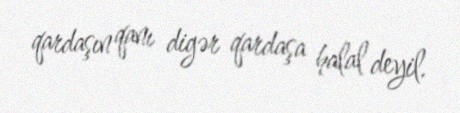
qardaşın qanı digər qardaşa halal deyil.